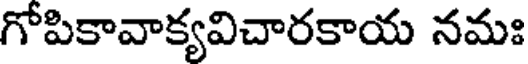
గోపికావాక్యవిచారకాయ నమః